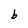
Character: b